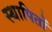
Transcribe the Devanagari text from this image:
स्थापितों